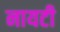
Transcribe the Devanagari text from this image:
नायटी